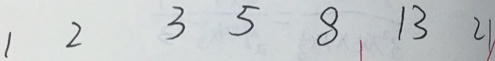
1 2 3 5 8 1 3 2 1